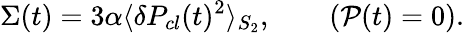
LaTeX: \Sigma(t)=3\alpha\langle\delta P_{cl}(t)^{2}\rangle_{S_{2}},\qquad({\cal P}(t)=0).